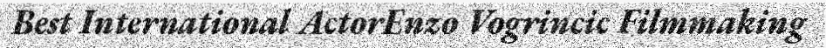
Best International ActorEnzo Vogrincic Filmmaking